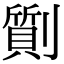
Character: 劕